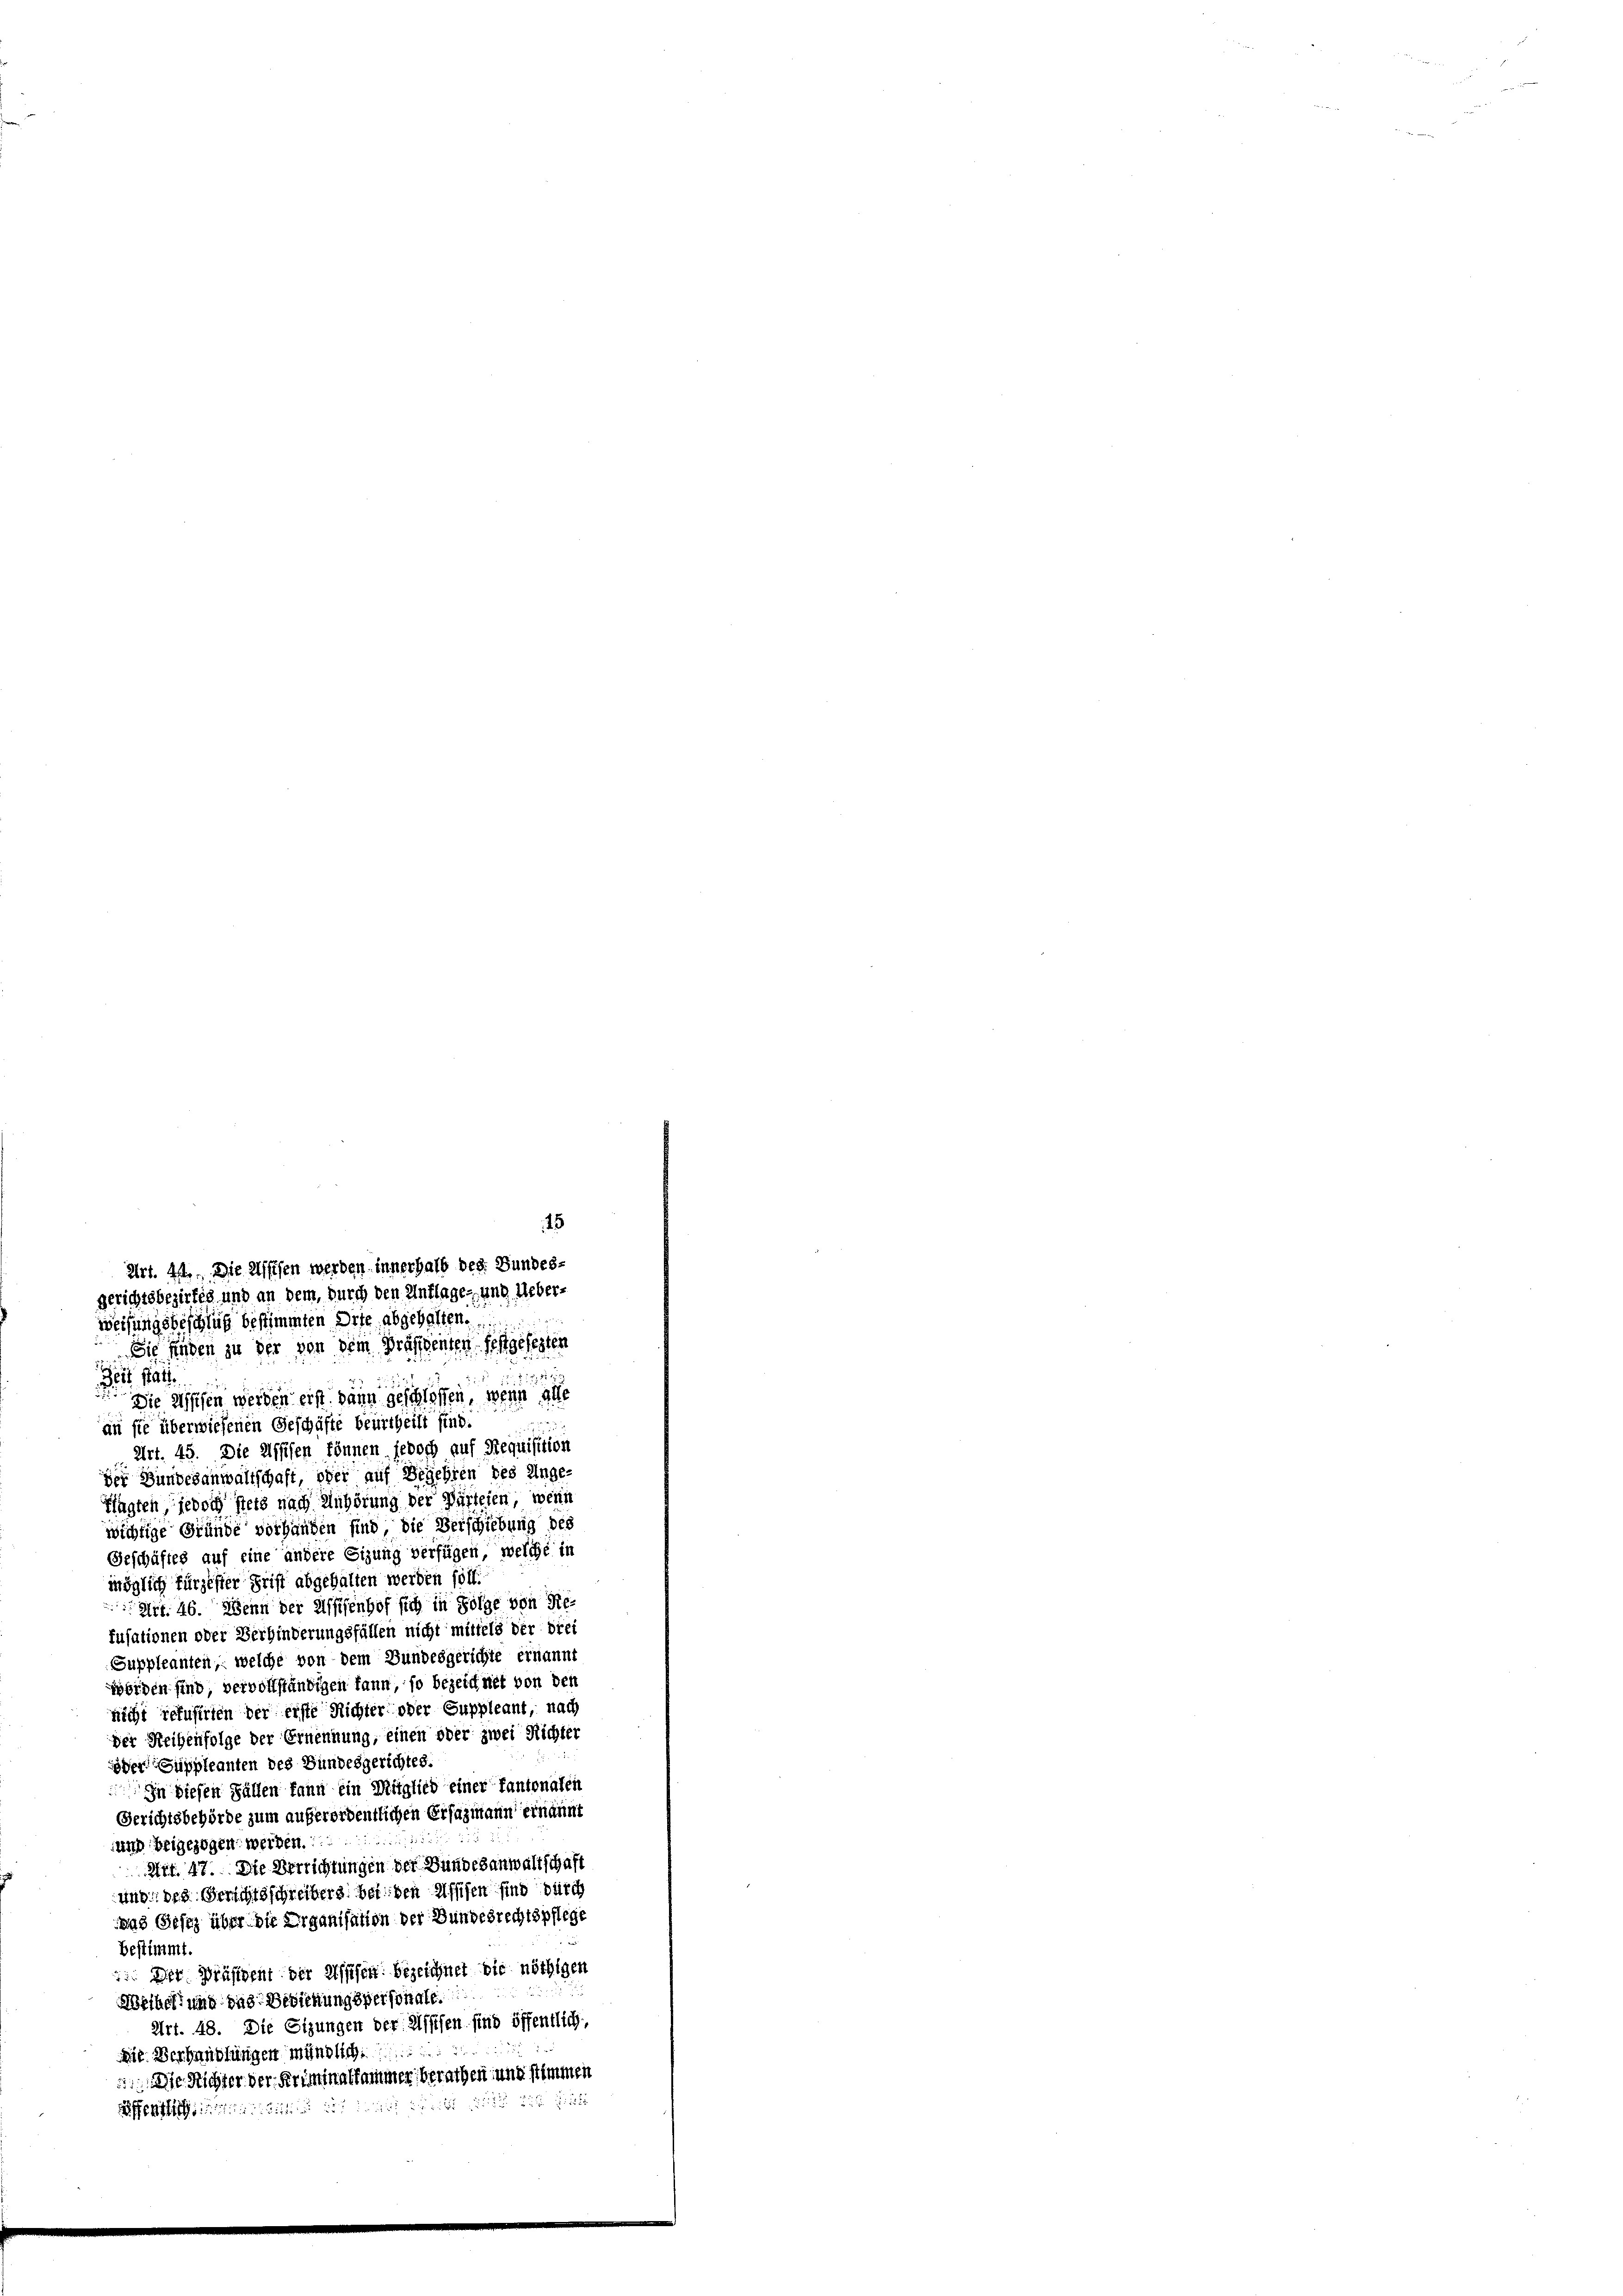
45
Art. 44. Die Assisen werden innerhalb des Bundes-
gerichtsbezirkes und an dem, durch den Anflage und Ueberweisungsbeschluß bestimmten Orte abgehalten.
Sie finden zu der von dem Präffsenten festgesezten

253
Zeit statt
Die Reifen werden erst dann geschlossen, wenn alle
an sie überwiesenen Geschäfte beurtheilt sind.
Art. 45. Die Assisen können jedoch auf Requisition
der Bundesanwaltschaft, oder auf Begehren des Unge-
Pfagten jedoch stets nach Anhörung der Parteien, wenn
wichtige Gründe vorhanden sind, die Verschiebung des
Geschäftes auf eine andere Sizung verfügen, welche in
möglich fürzester Frist abgehalten werden soll.
Art. 46. Wenn der Assisenhof sich in Folge von Re-
fusationen oder Verbinderungsfällen nicht mittels der drei
Suppleanten, welche von dem Bundesgerichte ernannt
werden sind, vervollständigen kann, so bezeichnet von den
nicht refusirten der erste Richter oder Suppleant, nach
der Reihenfolge der Ernennung, einen oder zwei Richter
eder Suppleanten des Bundesgerichtes.
In diesen Fällen kann ein Mitglied einer Tantonalen
Gerichtsbehörde zum außerordentlichen Ersazmann ernannt
und beigezogen werden
Art. 47. Die Verrichtungen der Bundesanwaltschaft
ung des Gerichtsschreiberg bei den Assisen sind durch
was Gesez über die Organisation der Bundesrechtspflege
bestimmt.
 Der Präsident der Assisen bezeichnet die nöthigen
Wesheit und das Bedienungspersonale.
Art. 48. Die Sizungen der Wissen sind öffentlich,
Die Verhandlungen mündlich
 Die Richter der Kriminalsammer berathen und stimmen
echischeit der wach Bericht u die